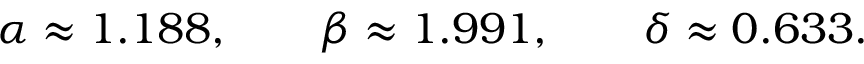
\alpha \approx 1 . 1 8 8 , \qquad \beta \approx 1 . 9 9 1 , \qquad \delta \approx 0 . 6 3 3 .